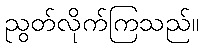
ညွတ်လိုက်ကြသည်။